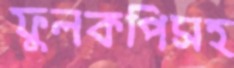
ফুলকপিসহ